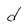
Character: d